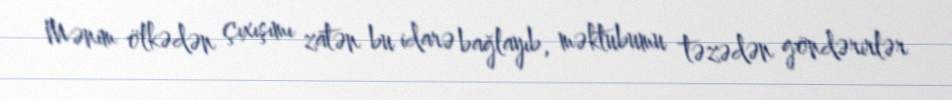
Mənim ölkədən çıxışımı zatən bu idarə bağlayıb, məktubumu təzədən göndərirlər